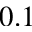
0 . 1